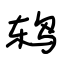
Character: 鸫